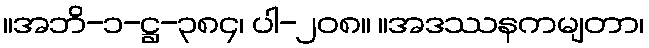
။အဘိ-၁-ဋ္ဌ-၃၈၄၊ ပါ-၂၀၈။ ။အဒဿနကမျတာ၊